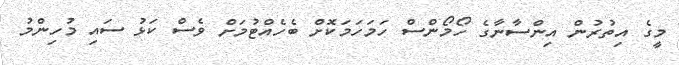
މީގެ އިތުރުން އިންސާނާގެ ހޯމޯންސް ހަމަހަމަކޮށް ބެހެއްޓުމަށް ވެސް ކަޅު ސައި މުހިންމު